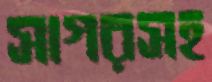
সাগরসহ